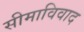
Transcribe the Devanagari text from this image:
सीमाविवाद